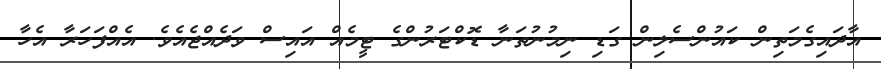
އާދައިގެމަތިން ކައުންސެލިން ގަޑި ނިމުނުތަނާ ޑޮކްޓަރުންގެ ޓީމެއް އައިސް ވަދެއްޖެއެވެ. އެއްފަހަރާ އެހާ